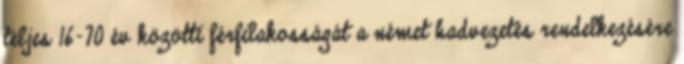
teljes 16-70 év közötti férfilakosságát a német hadvezetés rendelkezésére